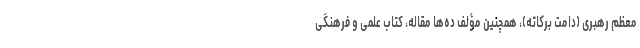
معظم رهبری (دامت برکاته)، همچنین مؤلف ده‌ها مقاله، کتاب علمی و فرهنگی